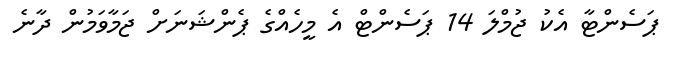
ޕަސެންޓާ އެކު ޖުމްލަ 14 ޕަސެންޓް އެ މީހެއްގެ ޕެންޝަނަށް ޖަމާވަމުން ދާނެ